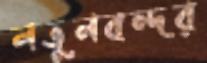
নতুনবন্দর